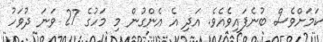
ކަމަށްވެސް ބުނެފައިވެއެވެ. އަދި އެ އެންގުން މި މަހުގެ 27 ވަނަ ދުވަހު